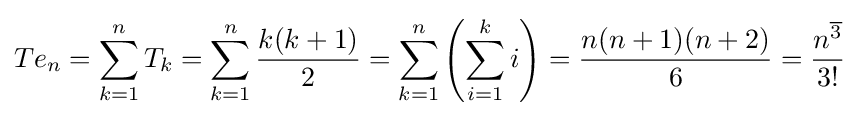
Te_{n}=\sum _{k=1}^{n}T_{k}=\sum _{k=1}^{n}{\frac {k(k+1)}{2}}=\sum _{k=1}^{n}\left(\sum _{i=1}^{k}i\right)={\frac {n(n+1)(n+2)}{6}}={\frac {n^{\overline {3}}}{3!}}